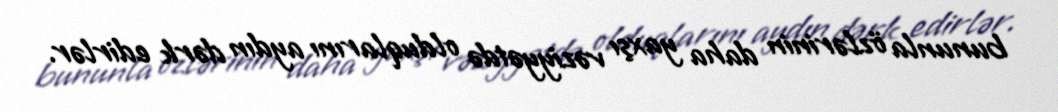
bununla özlərinin daha yaxşı vəziyyətdə olduqlarını aydın dərk edirlər.